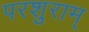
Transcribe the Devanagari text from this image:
परशुराम्